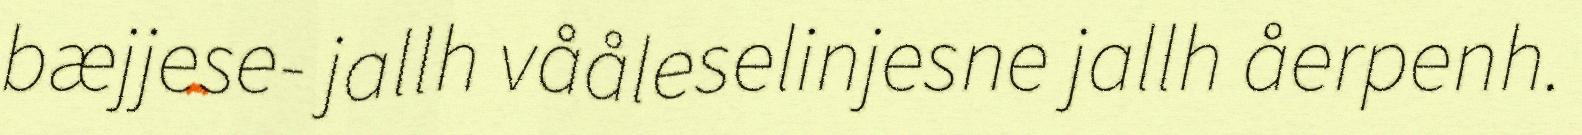
bæjjese- jallh vååleselinjesne jallh åerpenh.